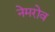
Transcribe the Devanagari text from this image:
नेमरोव